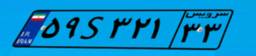
۴۳S۳۴۲۱۵